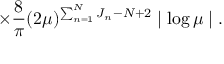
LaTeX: \times \frac { 8 } { \pi } ( 2 \mu ) ^ { \sum _ { n = 1 } ^ { N } J _ { n } - N + 2 } \mid \log \mu \mid .